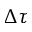
\Delta \tau